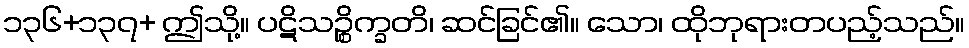
၁၃၆+၁၃၇+ ဤသို့။ ပဋိသဉ္စိက္ခတိ၊ ဆင်ခြင်၏။ သော၊ ထိုဘုရားတပည့်သည်။